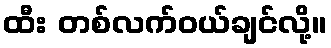
ထီး တစ်လက်ဝယ်ချင်လို့။